Newspaper: The weekly register. [volume]
Place of publication: Point Pleasant, Va. [W. Va.]
Publisher: George W. Tippett
Date: 1880-12-08 00:00:00
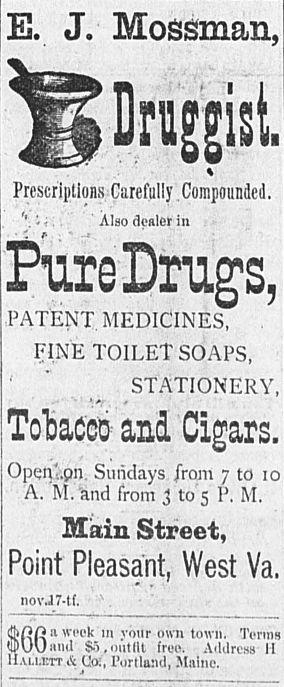
Advertisement text (OCR):
J. Mossman, % Prescriptions Carefully Compounded. ? Also dealer in Drugs, PATENT MEDICINES, FINE TOILET SOAPS, STATIONERY, and Cigars. Sundays jrom 7 to A. M. and from 3 to 5 P. M. Main Street, Pleasant, West Va. novJ7-tf. ijiftn u week 111 your own town. 'TpOO ami So . out (It free. Address II A Co;, Portland, Maine. J
Label: illustrations